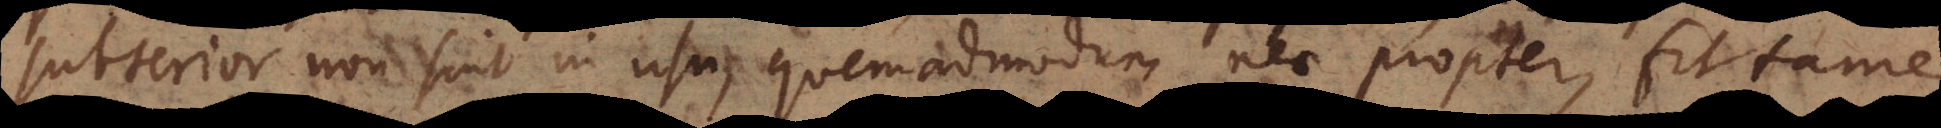
subterior non sint in usu, quemadmodum nec propter [ ior